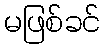
မဖြစ်ခင်